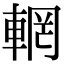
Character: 輞